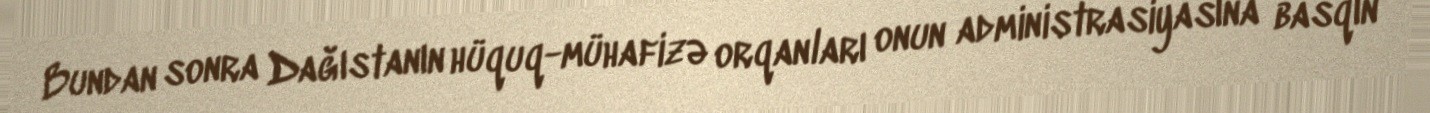
Bundan sonra Dağıstanın hüquq-mühafizə orqanları onun administrasiyasına basqın